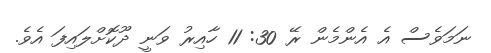
ނަމަވެސް އެ އެންމެން ރޭ 30: 11 ހާއިރު ވަނީ ދޫކޮށްލައިފަ އެވެ.